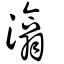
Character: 潝